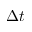
\Delta t